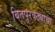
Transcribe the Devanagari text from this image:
वितपुरवठ्याचा